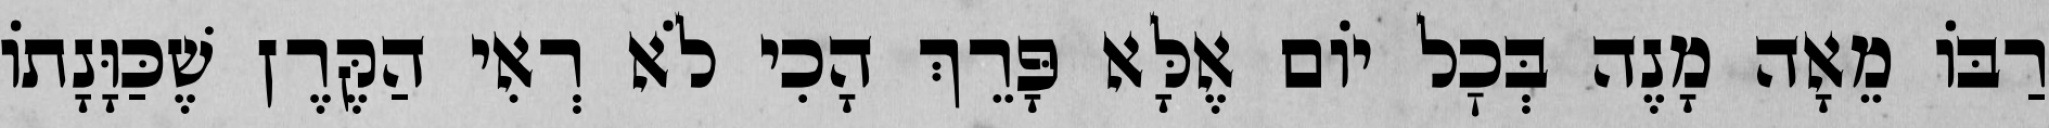
רַבּוֹ מֵאָה מָנֶה בְּכׇל יוֹם אֶלָּא פָּרֵךְ הָכִי לֹא רְאִי הַקֶּרֶן שֶׁכַּוָּנָתוֹ